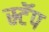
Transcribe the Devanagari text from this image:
स्र्टॅप